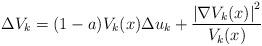
LaTeX: \begin{align*}\Delta V_{k}=(1-a)V_{k}(x)\Delta u_k+\frac{\left|\nabla V_{k}(x)\right|^{2}}{V_{k}(x)}\end{align*}